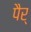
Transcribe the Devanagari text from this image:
पैर्